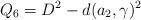
\begin{align*} Q_6 = D^2 - d(a_2,\gamma)^2\end{align*}